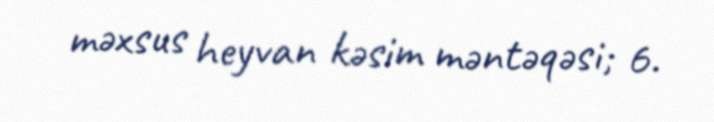
məxsus heyvan kəsim məntəqəsi; 6.